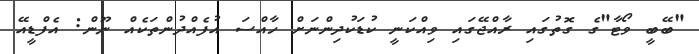
"ބޭބީ ވޯޓާ"ގެ ގޮތުގައި ރާއްޖޭގައި ވިއްކަނީ ކުޑަކުދިންނަށް ހާއްސަ އުފެއްދުންތަކެއް ނޫން: އެފްޑީއޭ